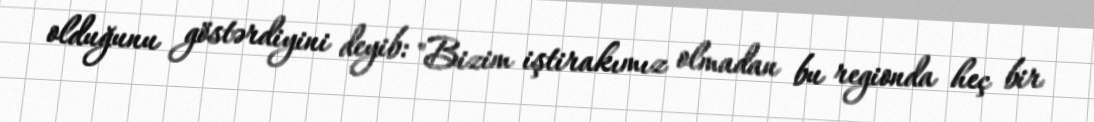
olduğunu göstərdiyini deyib: "Bizim iştirakımız olmadan bu regionda heç bir